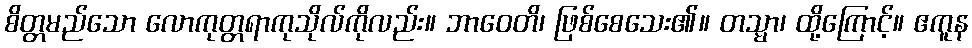
စိတ္တမည်သော လောကုတ္တရာကုသိုလ်ကိုလည်း။ ဘာဝေတိ၊ ဖြစ်စေသေး၏။ တသ္မာ၊ ထို့ကြောင့်။ ဧကူန